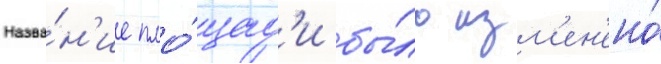
Назва́н'ие пло́щад'и бы́ло изм'ен'ено́